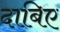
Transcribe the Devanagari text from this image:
दाबिए